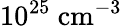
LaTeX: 10^{25}~\mathrm{{cm}^{-3}}